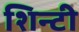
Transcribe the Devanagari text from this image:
शिन्टी